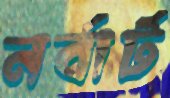
নর্বার্ট